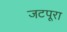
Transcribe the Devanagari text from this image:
जटपूरा